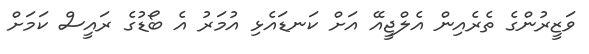
ވަޒީރުންގެ ތެރެއިން އެލްޖީއޭ އަށް ކަނޑައެޅި އުމަރު އެ ބޯޑުގެ ރައީސް ކަމަށް